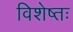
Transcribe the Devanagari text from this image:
विशेष्तः